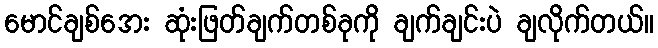
မောင်ချစ်အေး ဆုံးဖြတ်ချက်တစ်ခုကို ချက်ချင်းပဲ ချလိုက်တယ်။